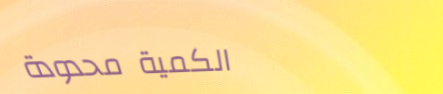
الكمية محدودة